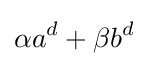
\alpha a^{d}+\beta b^{d}